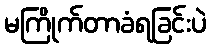
မကြိုက်တာခံရခြင်းပဲ